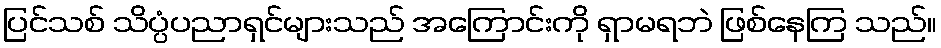
ပြင်သစ် သိပ္ပံပညာရှင်များသည် အကြောင်းကို ရှာမရဘဲ ဖြစ်နေကြ သည်။